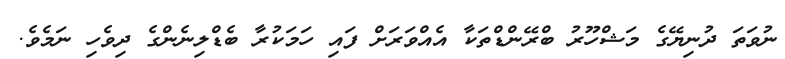
ނުވަތަ ދުނިޔޭގެ މަޝްހޫރު ބްރޭންޑްތަކާ އެއްވަރަށް ފައި ހަމަކުރާ ބެޑްލިނެންގެ ދިވެހި ނަމެވެ.